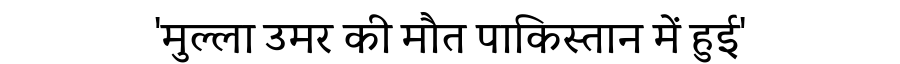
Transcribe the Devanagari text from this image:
'मुल्ला उमर की मौत पाकिस्तान में हुई'